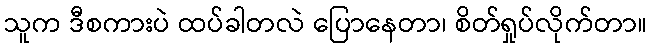
သူက ဒီစကားပဲ ထပ်ခါတလဲ ပြောနေတာ၊ စိတ်ရှုပ်လိုက်တာ။